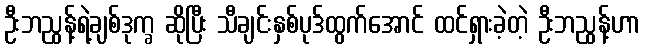
ဦးဘညွန့်ရဲ့ချစ်ဒုက္ခ ဆိုပြီး သီချင်းနှစ်ပုဒ်ထွက်အောင် ထင်ရှားခဲ့တဲ့ ဦးဘညွန့်ဟာ